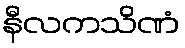
နီလကသိဏံ